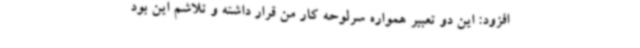
افزود: این دو تعبیر همواره سرلوحه کار من قرار داشته و تلاشم این بود